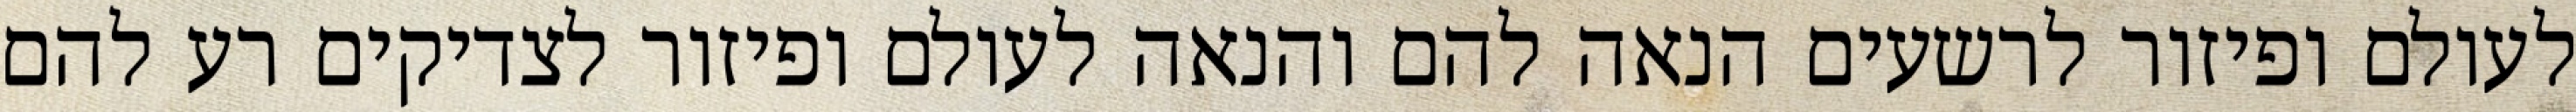
לעולם ופיזור לרשעים הנאה להם והנאה לעולם ופיזור לצדיקים רע להם